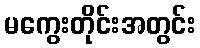
မကွေးတိုင်းအတွင်း